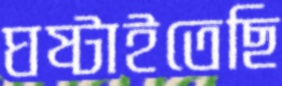
ঘষ্‌টাইতেছি